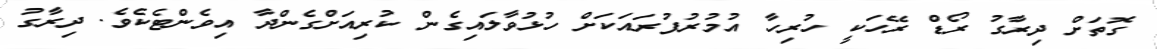
ގޮތަށް ދިރާގު ރޯޑް ރޭހަކީ ހުރިހާ އުމުރުފުރައަކަށް ހުޅުވާލައިގެން ކުރިއަށްގެންދާ އިވެންޓެކެވެ. ދިރާގު